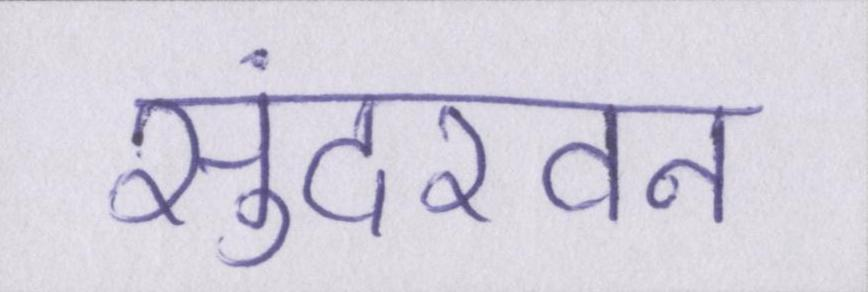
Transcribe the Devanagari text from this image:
सुंदरवन